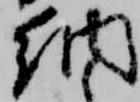
納